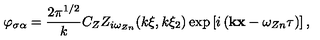
\varphi _ { \sigma \alpha } = \frac { 2 \pi ^ { 1 / 2 } } { k } C _ { Z } Z _ { i \omega _ { Z n } } ( k \xi , k \xi _ { 2 } ) \exp \left[ i \left( { \bf k x } - \omega _ { Z n } \tau \right) \right] ,